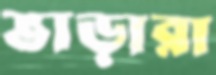
ভাড়ারা